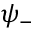
\psi _ { - }